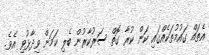
އެތައް ގައުމުތަކެއްގައި ކަން ކުރާ ގޮތް ސަރުކާރުން ބެލި ކަމަށް ވިދާޅުވި އެވެ.